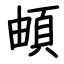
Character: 頔